Report on malaria in the Punjab during the year ...  together with an account of the work of the Punjab Malaria Bureau - Volume 5
Disease focus: Malaria
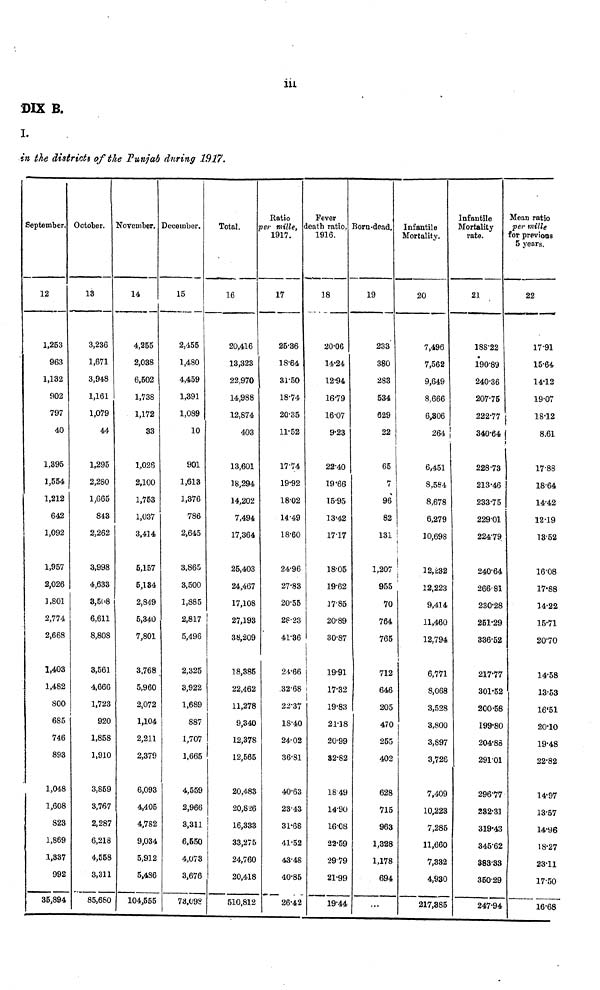
DIX B.
I.
in the districts of the Punjab during 1917.
September.
12
1,253
963
1,132
902
797
40
1,395
1,554
1,212
642
1,092
1,957
2,026
1,801
2,774
2,668
1,403
1,482
800
685
746
893
1,048
1,608
823
1,869
1,337
992
35,894
October.
13
3,236
1,671
3,948
1,161
1,079
44
1,295
2,280
1,665
843
2,262
3,998
4,633
8,508
6,611
8,808
3,561
4,666
1,723
920
1,858
1,910
3,859
3,767
2,287
6,218
4,558
3,311
85,680
November.
14
4,255
2,038
6,502
1,738
1,172
33
1,028
2,100
1,753
1,037
3,414
5,157
5,184
2,849
5,340
7,801
3,768
5,960
2,072
1,104
2,211
2,379
6,093
4,405
4,782
9,034
5,912
5,486
104,555
December.
15
2,455
1,480
4,459
1,391
1,089
10
901
1,613
1,376
786
2,645
3,865
3,500
1,885
2,817
5,496
2,325
3,922
1,689
887
1,707
1,665
4,559
2,966
3,311
6,550
4,073
3,676
73,098
Total.
p
16
20,416
13,323
22,970
14,988
12,874
403
13,601
18,294
14,202
7,494
17,364
25,403
24,467
17,108
i
27,193
38,209
18,385
22,462
11,278
9,340
12,378
12,565
20,483
20,826
16,333
33,275
24,760
20,418
510,812
Ratio
per mille,
1917.
17
25.36
18.64
31.50
18.74
20.35
11.52
17.74
19.92
18.02
14.49
18.60
24.96
27.83
20.55
28.23
41.36
24.66
32.68
22.37
18.40
24.02
36.81
40.63
23.43
31.68
41.52
43.48
40.85
26.42
Fever
death ratio,
1916.
18
20.06
14.24
12.94
16.79
16.07
9.23
22.40
19.66
15.95
13.42
17.17
18.05
19.62
17.85
20.89
30.87
19.91
17.32
19.83
21.18
20.99
82.82
18 49
14.90
16.08
22.59
29 79
21.99
19.44
Born-dead.
19
233
380
283
534
629
22
65
7
96
82
131
1,207
955
70
764
765
712
646
205
470
255
402
628
715
963
1,328
1,178
694
...
Infantile
Mortality.
20
7,496
7,562
9,649
8.666
6,306
264
6,451
8,584
8,678
6,279
10,698
12,232
12,223
9,414
11,460
12,794
6,771
8,068
3,528
3,800
3,897
3,726
7,409
10,223
7,285
11,660
7,332
4,930
217,385
Infantile
Mortality
rate.
21
188-22
190.89
240.36
207.76
222.77
340.64
228.73
213.46
233.75
229.01
224.79
240.64
266.81
230.28
251.29
336.52
217.77
301.52
200.58
199.80
204.88
291.01
296.77
282.31
319.43
345.62
383.33
350.29
247.94
Mean ratio
per mille
for previous
5 years.
22
17.91
15.64
14.12
19.07
18.12
8.61
17.88
18.64
14.42
12.19
13.52
16.08
17.88
14.22
15.71
20.70
14.58
13-53
16.51
20.10
19.48
22.82
14.-97
13.57
14.96
18.27
23.11
17.50
16.68